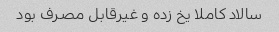
سالاد کاملا یخ زده و غیرقابل مصرف بود